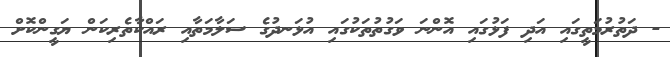
- ދަތުރުމަތީގައި އަދި ފަޅުގައި އޮންނަ ވަގުތުތަކުގައި އުޅަނދުގެ ސަލާމަތާއި ރައްކާތެރިކަން ޔަގީންކޮށް